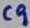
Text: C9